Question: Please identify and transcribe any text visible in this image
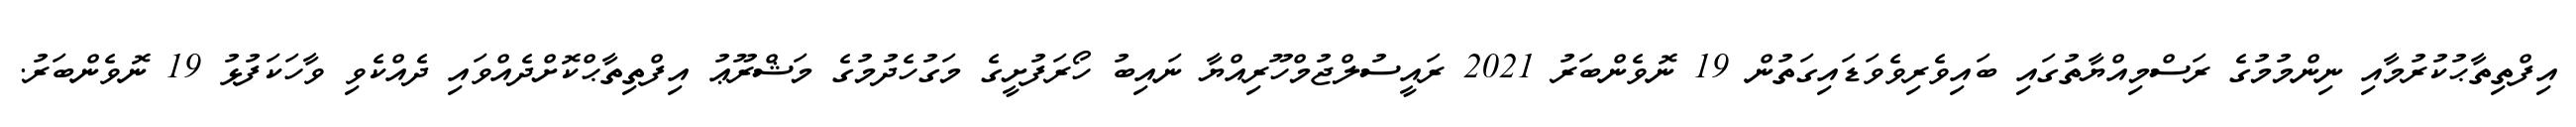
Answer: އިފްތިތާޙުކުރުމާއި ނިންމުމުގެ ރަސްމިއްޔާތުގައި ބައިވެރިވެވަޑައިގަތުން 19 ނޮވެންބަރު 2021 ރައީސުލްޖުމްހޫރިއްޔާ ނައިބު ހޯރަފުށީގެ މަގުހެދުމުގެ މަޝްރޫޢު އިފްތިތާޙްކޮށްދެއްވައި ދެއްކެވި ވާހަކަފުޅު 19 ނޮވެންބަރު.